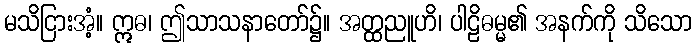
မသိငြားအံ့။ ဣဓ၊ ဤသာသနာတော်၌။ အတ္ထညူဟိ၊ ပါဠိဓမ္မ၏ အနက်ကို သိသော